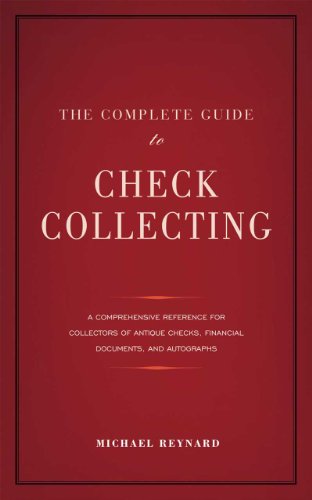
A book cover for The Complete Guide to Check Collecting; Michael Reynard; Crafts, Hobbies & Home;